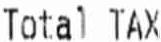
TOTAL TAX